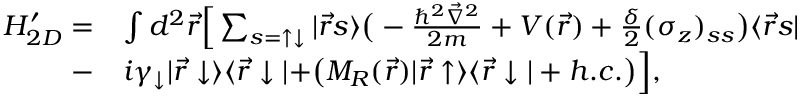
\begin{array} { r l } { H _ { 2 D } ^ { \prime } = } & { \int d ^ { 2 } \vec { r } \Big [ \sum _ { s = \uparrow \downarrow } | \vec { r } s \rangle \bigr ( - \frac { \hbar ^ { 2 } \vec { \nabla } ^ { 2 } } { 2 m } + V ( \vec { r } ) + \frac { \delta } { 2 } ( \sigma _ { z } ) _ { s s } \bigr ) \langle \vec { r } s | } \\ { - } & { i \gamma _ { \downarrow } | \vec { r } \downarrow \rangle \langle \vec { r } \downarrow | + \bigr ( M _ { R } ( \vec { r } ) | \vec { r } \uparrow \rangle \langle \vec { r } \downarrow | + h . c . \bigr ) \Big ] , } \end{array}